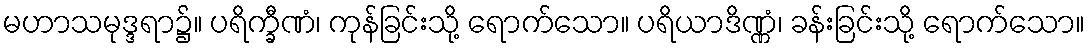
မဟာသမုဒ္ဒရာ၌။ ပရိက္ခီဏံ၊ ကုန်ခြင်းသို့ ရောက်သော။ ပရိယာဒိဏ္ဏံ၊ ခန်းခြင်းသို့ ရောက်သော။